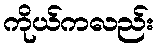
ကိုယ်ကလည်း